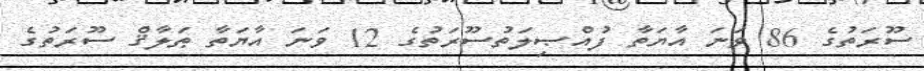
ސޫރަތުގެ 86 ވަނަ އާޔަތާ ފުއްޞިލަތުސޫރަތުގެ 12 ވަނަ އާޔަތާ ޠަލާޤް ސޫރަތުގެ